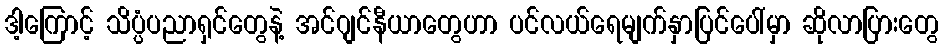
ဒါ့ကြောင့် သိပ္ပံပညာရှင်တွေနဲ့ အင်ဂျင်နီယာတွေဟာ ပင်လယ်ရေမျက်နှာပြင်ပေါ်မှာ ဆိုလာပြားတွေ